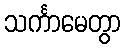
သင်္ကာမေတွာ